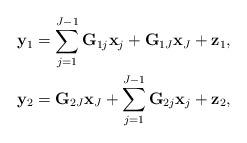
LaTeX: \begin{align*}{\bf y}_1=\sum_{j=1}^{J-1}{\bf G}_{1j}{\bf x}_j+{\bf G}_{1J}{\bf x}_J+{\bf z}_1,\\{\bf y}_2={\bf G}_{2J}{\bf x}_J+\sum_{j=1}^{J-1}{\bf G}_{2j}{\bf x}_j+{\bf z}_2,\end{align*}